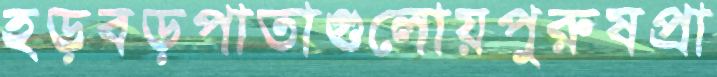
হড়বড়পাতাগুলোয়পুরুষপ্রা